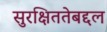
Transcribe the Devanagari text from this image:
सुरक्षिततेबद्दल